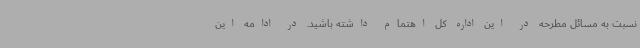
نسبت به مسائل مطرحه در این اداره کل اهتمام داشته باشید. در ادامه این